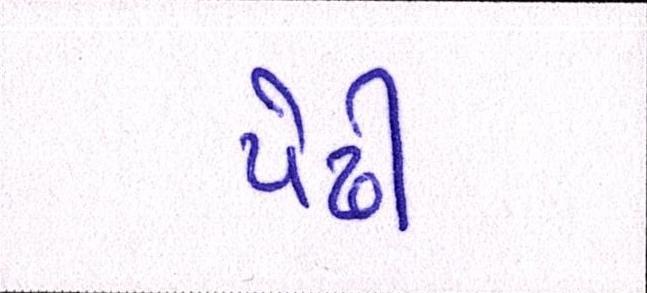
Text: પેઢી